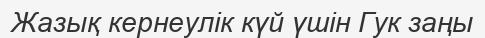
Жазық кернеулік күй үшін Гук заңы